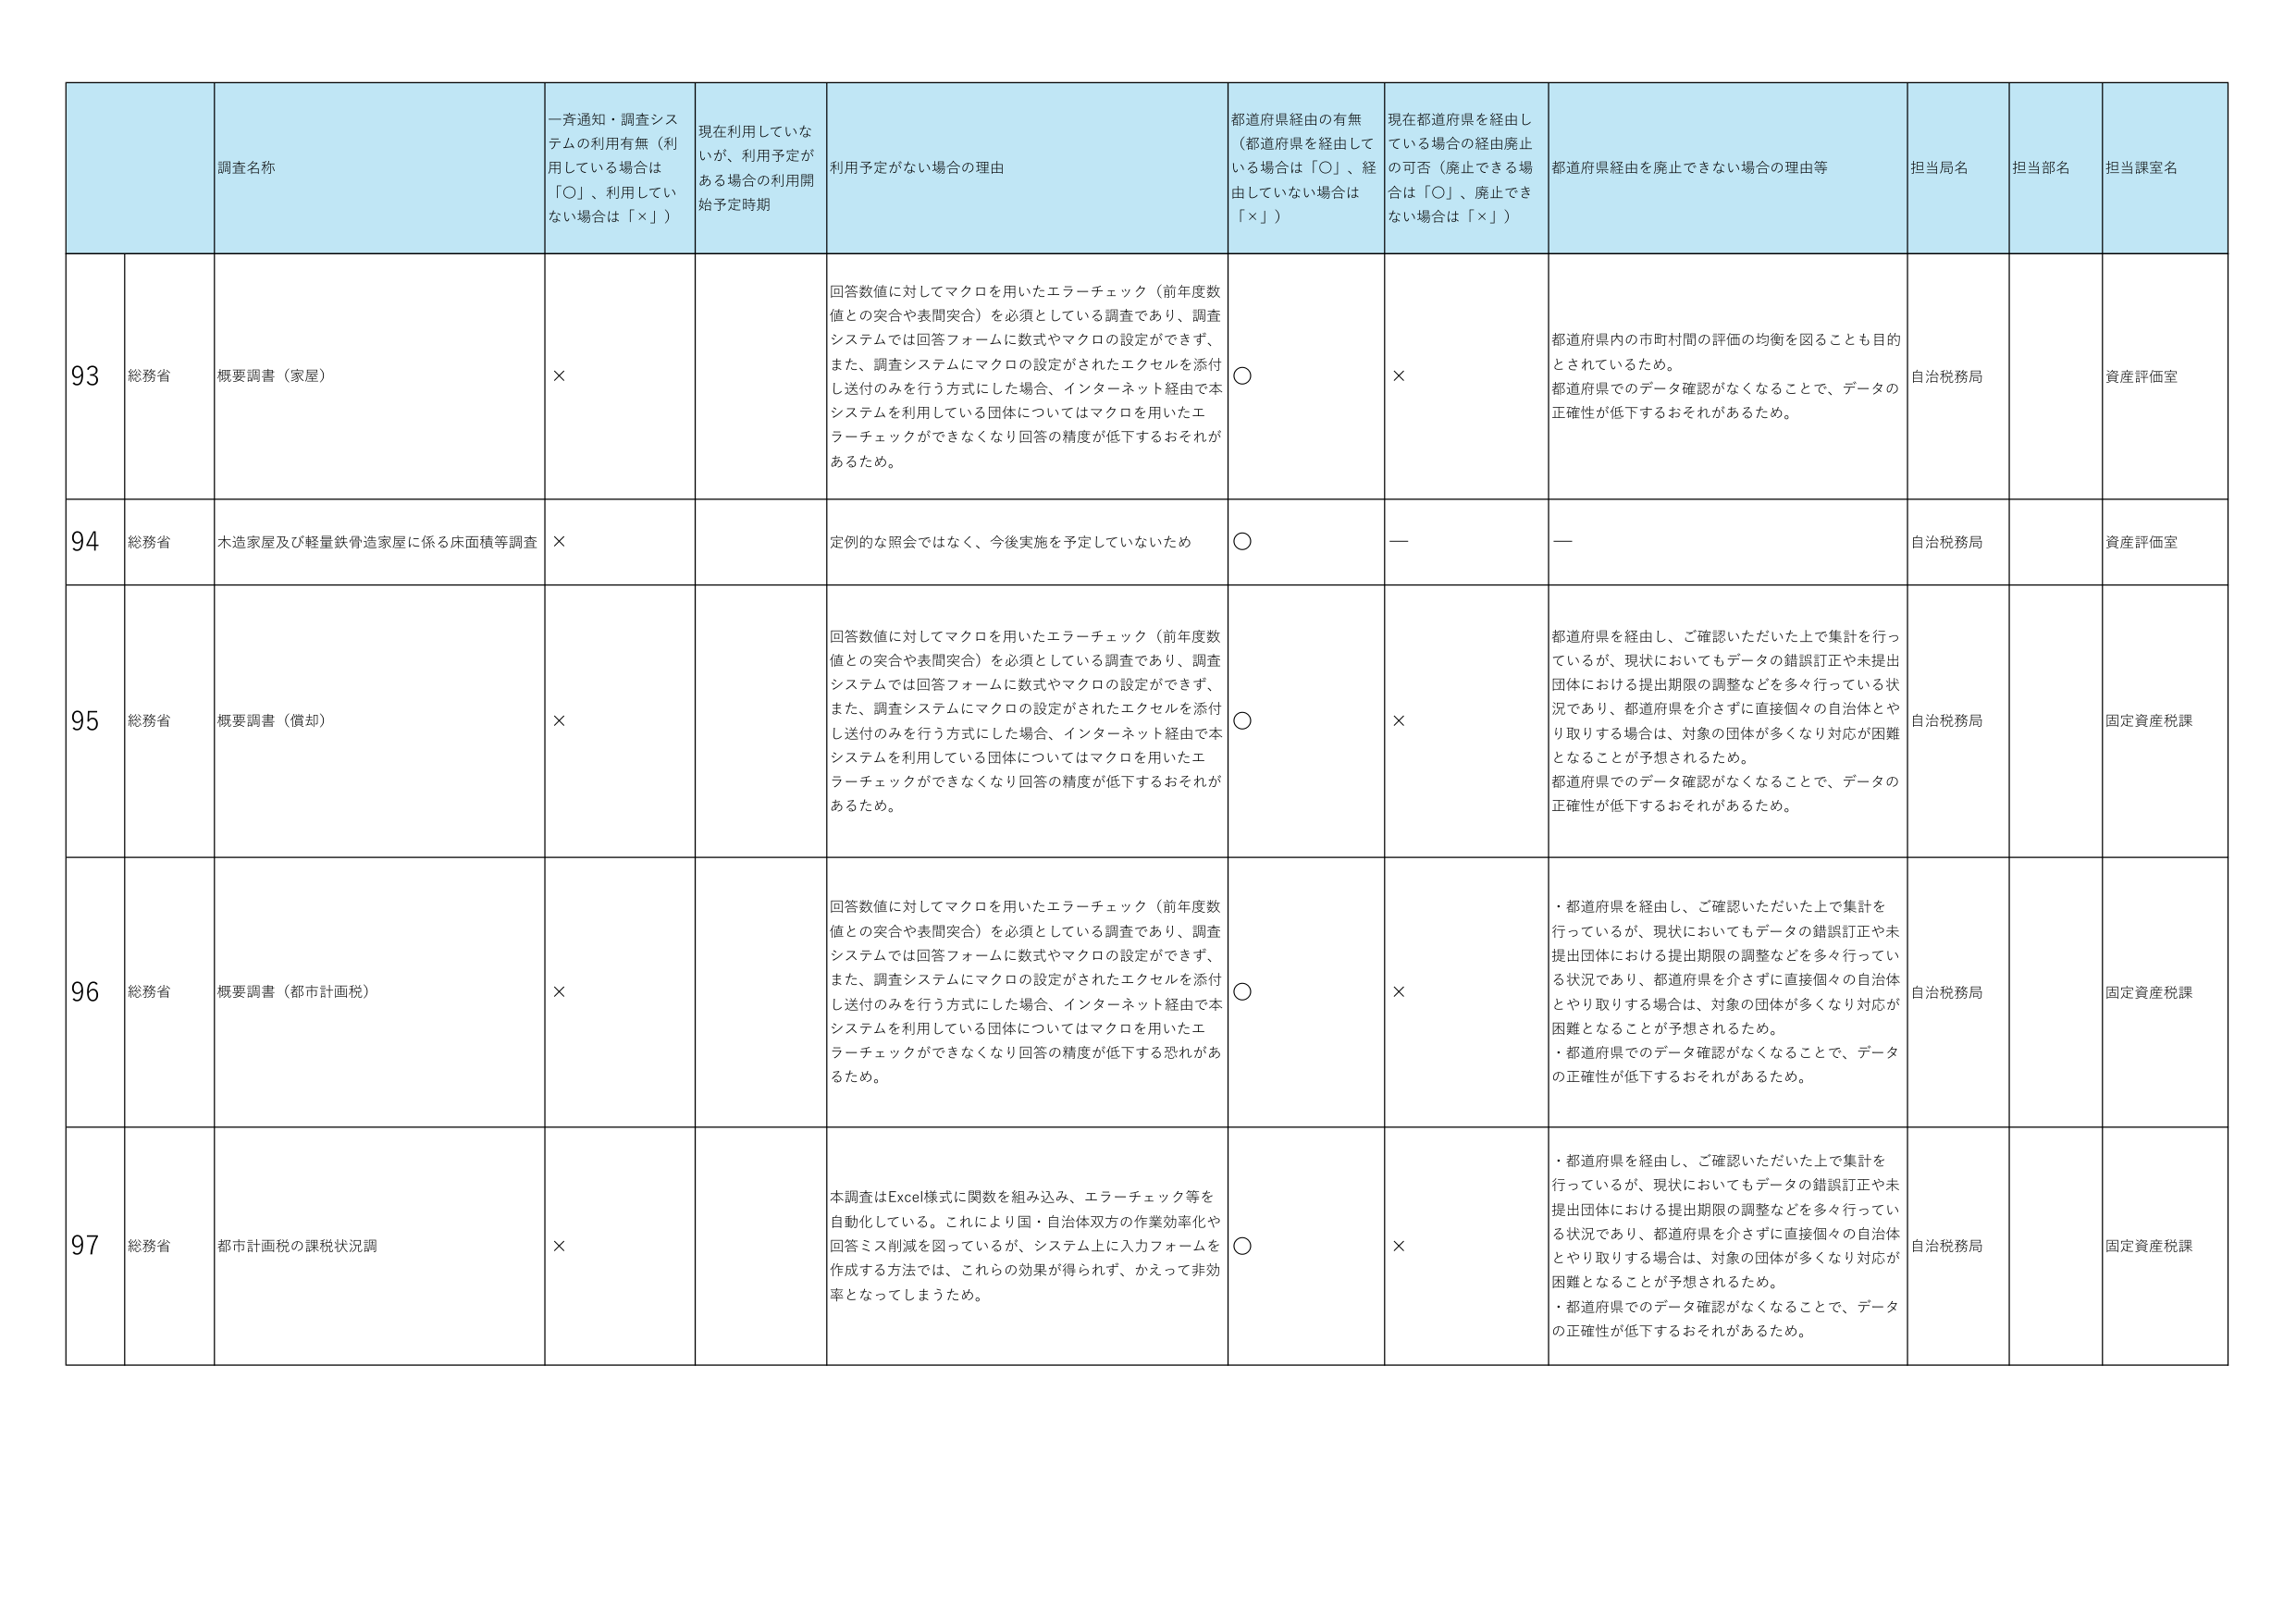
93 総務省 概要調書（家屋） × 回答数値に対してマクロを用いたエラーチェック（前年度数値との突合や表間突合）を必須としている調査であり、調査システムでは回答フォームに数式やマクロの設定ができず、また、調査システムにマクロの設定がされたエクセルを添付し送付のみを行う方式にした場合、インターネット経由で本システムを利用している団体についてはマクロを用いたエラーチェックができなくなり回答の精度が低下するおそれがあるため。 ○ × 都道府県内の市町村間の評価の均衡を図ることも目的とされているため。 都道府県でのデータ確認がなくなることで、データの正確性が低下するおそれがあるため。 自治税務局 資産評価室

94 総務省 木造家屋及び軽量鉄骨造家屋に係る床面積等調査 × 定例的な照会ではなく、今後実施を予定していないため ○ — — 自治税務局 資産評価室

95 総務省 概要調書（償却） × 回答数値に対してマクロを用いたエラーチェック（前年度数値との突合や表間突合）を必須としている調査であり、調査システムでは回答フォームに数式やマクロの設定ができず、また、調査システムにマクロの設定がされたエクセルを添付し送付のみを行う方式にした場合、インターネット経由で本システムを利用している団体についてはマクロを用いたエラーチェックができなくなり回答の精度が低下するおそれがあるため。 ○ × 都道府県を経由し、ご確認いただいた上で集計を行っているが、現状においてもデータの錯誤訂正や未提出団体における提出期限の調整などを多々行っている状況であり、都道府県を介さずに直接個々の自治体とやり取りする場合は、対象の団体が多くなり対応が困難となることが予想されるため。 都道府県でのデータ確認がなくなることで、データの正確性が低下するおそれがあるため。 自治税務局 固定資産税課

96 総務省 概要調書（都市計画税） × 回答数値に対してマクロを用いたエラーチェック（前年度数値との突合や表間突合）を必須としている調査であり、調査システムでは回答フォームに数式やマクロの設定ができず、また、調査システムにマクロの設定がされたエクセルを添付し送付のみを行う方式にした場合、インターネット経由で本システムを利用している団体についてはマクロを用いたエラーチェックができなくなり回答の精度が低下する恐れがあるため。 ○ × ・都道府県を経由し、ご確認いただいた上で集計を行っているが、現状においてもデータの錯誤訂正や未提出団体における提出期限の調整などを多々行っている状況であり、都道府県を介さずに直接個々の自治体とやり取りする場合は、対象の団体が多くなり対応が困難となることが予想されるため。 ・都道府県でのデータ確認がなくなることで、データの正確性が低下するおそれがあるため。 自治税務局 固定資産税課

97 総務省 都市計画税の課税状況調 × 本調査はExcel様式に関数を組み込み、エラーチェック等を自動化している。これにより国・自治体双方の作業効率化や回答ミス削減を図っているが、システム上に入力フォームを作成する方法では、これらの効果が得られず、かえって非効率となってしまうため。 ○ × ・都道府県を経由し、ご確認いただいた上で集計を行っているが、現状においてもデータの錯誤訂正や未提出団体における提出期限の調整などを多々行っている状況であり、都道府県を介さずに直接個々の自治体とやり取りする場合は、対象の団体が多くなり対応が困難となることが予想されるため。 ・都道府県でのデータ確認がなくなることで、データの正確性が低下するおそれがあるため。 自治税務局 固定資産税課

調査名称 一斉通知・調査システムの利用有無（利用している場合は「○」、利用していない場合は「×」） 現在利用していないが、利用予定がある場合の利用開始予定時期 利用予定がない場合の理由 都道府県経由の有無（都道府県を経由している場合は「○」、経由していない場合は「×」） 現在都道府県を経由している場合の経由廃止の可否（廃止できる場合は「○」、廃止できない場合は「×」） 都道府県経由を廃止できない場合の理由等 担当局名 担当部名 担当課室名